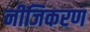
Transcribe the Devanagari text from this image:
नीजिकरण